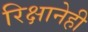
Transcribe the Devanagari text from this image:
रिक्षानेही